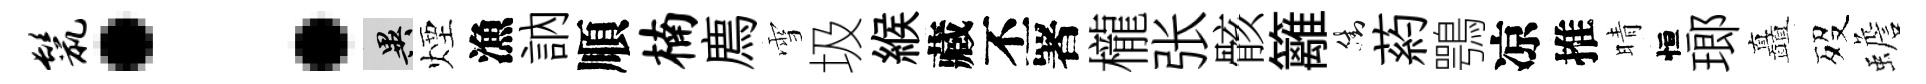
鬣：异煙漁訥順楠廌雪圾緱藏丕署櫳张骸籬街葯鶚凉推晴恒瑯矗歿蟾